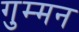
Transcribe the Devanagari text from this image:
गुम्मन